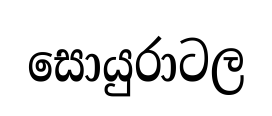
සොයුරාටල